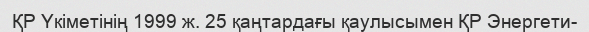
ҚР Үкіметінің 1999 ж. 25 қаңтардағы қаулысымен ҚР Энергети-